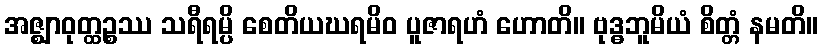
အဇ္ဈာဝုတ္ထဉ္စဿ သရီရမ္ပိ စေတိယဃရမိဝ ပူဇာရဟံ ဟောတိ။ ဗုဒ္ဓဘူမိယံ စိတ္တံ နမတိ။